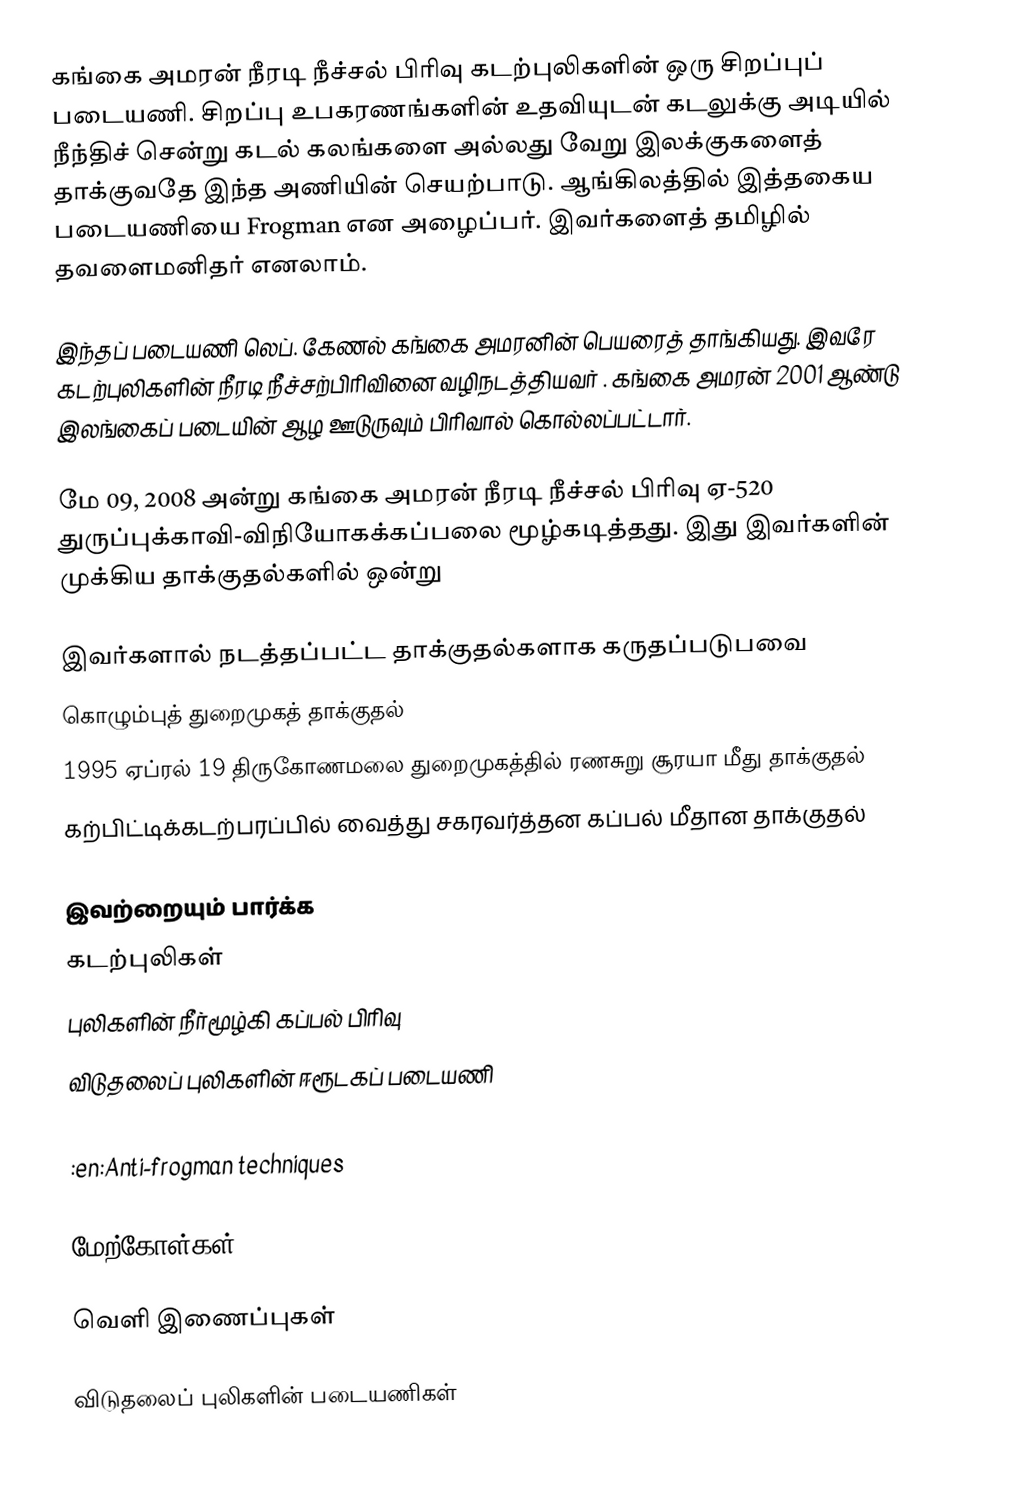
கங்கை அமரன் நீரடி நீச்சல் பிரிவு கடற்புலிகளின் ஒரு சிறப்புப் படையணி.  சிறப்பு உபகரணங்களின் உதவியுடன் கடலுக்கு அடியில் நீந்திச் சென்று கடல் கலங்களை அல்லது வேறு இலக்குகளைத் தாக்குவதே இந்த அணியின் செயற்பாடு.  ஆங்கிலத்தில் இத்தகைய படையணியை Frogman என அழைப்பர்.  இவர்களைத் தமிழில் தவளைமனிதர் எனலாம்.

இந்தப் படையணி லெப். கேணல் கங்கை அமரனின் பெயரைத் தாங்கியது.  இவரே கடற்புலிகளின் நீரடி நீச்சற்பிரிவினை வழிநடத்தியவர் .  கங்கை அமரன் 2001 ஆண்டு இலங்கைப் படையின் ஆழ ஊடுருவும் பிரிவால் கொல்லப்பட்டார்.

மே 09, 2008 அன்று கங்கை அமரன் நீரடி நீச்சல் பிரிவு ஏ-520 துருப்புக்காவி-விநியோகக்கப்பலை மூழ்கடித்தது.  இது இவர்களின் முக்கிய தாக்குதல்களில் ஒன்று

இவர்களால் நடத்தப்பட்ட தாக்குதல்களாக கருதப்படுபவை
 கொழும்புத் துறைமுகத் தாக்குதல்
 1995 ஏப்ரல் 19 திருகோணமலை துறைமுகத்தில் ரணசுறு சூரயா மீது தாக்குதல்
 கற்பிட்டிக்கடற்பரப்பில் வைத்து சகரவர்த்தன கப்பல் மீதான தாக்குதல்

இவற்றையும் பார்க்க
 கடற்புலிகள்
 புலிகளின் நீர்மூழ்கி கப்பல் பிரிவு
 விடுதலைப் புலிகளின் ஈரூடகப் படையணி
 :en:Frogman
 :en:Anti-frogman techniques

மேற்கோள்கள்

வெளி இணைப்புகள்

விடுதலைப் புலிகளின் படையணிகள்